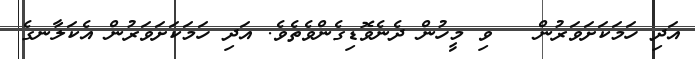
އަދި ހަމަކަށަވަރުން   ވި މީހުން ދެނެވޮޑިގެންވެތެވެ. އަދި ހަމަކަށަވަރުން އެކަލާނގެ